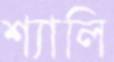
শ্যালি